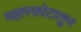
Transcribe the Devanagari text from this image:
महास्फ़ोटातून